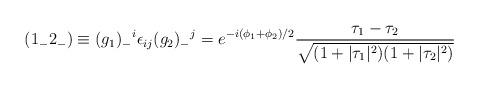
LaTeX: \begin{align*} ({1_-2_-}) \equiv (g_1)_-{}^i\epsilon_{ij} (g_2)_-{}^j = e^{-i{(\phi_1+\phi_2)/2}} \frac{\tau_1-\tau_2}{\sqrt{(1+|\tau_1|^2)(1+|\tau_2|^2)}}\end{align*}